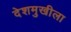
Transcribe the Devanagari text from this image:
देशमुखीला